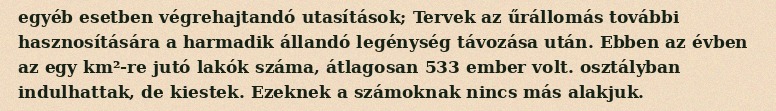
egyéb esetben végrehajtandó utasítások; Tervek az űrállomás további hasznosítására a harmadik állandó legénység távozása után. Ebben az évben az egy km²-re jutó lakók száma, átlagosan 533 ember volt. osztályban indulhattak, de kiestek. Ezeknek a számoknak nincs más alakjuk.